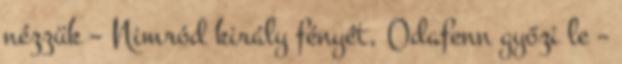
nézzük – Nimród király fényét, Odafenn győzi le –